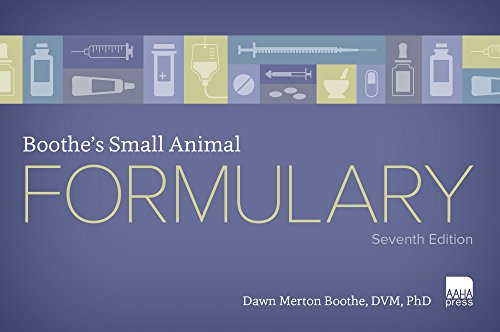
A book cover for Boothe's Small Animal Formulary, Seventh Edition; Dawn Merton Boothe; Medical Books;